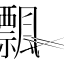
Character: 𦣕